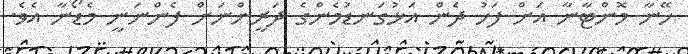
ހޭނާ މޮންޓާނާ އަށް ފަހު ދެން އަޅުގަނޑުމެންގެ ދަރީންނަށް ފެންނަނީ މެޑޯނާ އެވެ.